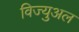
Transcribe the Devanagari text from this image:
विज्युअल